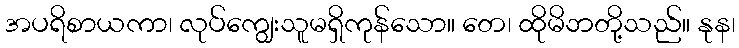
အပရိစာယကာ၊ လုပ်ကျွေးသူမရှိကုန်သော။ တေ၊ ထိုမိဘတို့သည်။ နုန၊